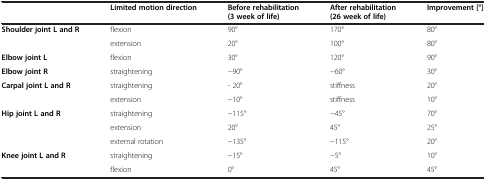
|  | Limited motion direction | Before rehabilitation (3 week of life) | After rehabilitation (26 week of life) | Improvement [°] |
 | --- | --- | --- | --- | --- |
 | <ROWSPAN=2> Shoulder joint L and R | flexion | 90° | 170° | 80° |
 | extension | 20° | 100° | 80° |
 | Elbow joint L | flexion | 30° | 120° | 90° |
 | Elbow joint R | straightening | −90° | −60° | 30° |
 | <ROWSPAN=2> Carpal joint L and R | straightening | - 20° | stiffness | 20° |
 | extension | −10° | stiffness | 10° |
 | <ROWSPAN=3> Hip joint L and R | straightening | −115° | −45° | 70° |
 | extension | 20° | 45° | 25° |
 | external rotation | −135° | −115° | 20° |
 | <ROWSPAN=2> Knee joint L and R | straightening | −15° | −5° | 10° |
 | flexion | 0° | 45° | 45° |